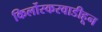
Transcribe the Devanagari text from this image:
किर्लोस्करवाडीहून